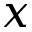
x